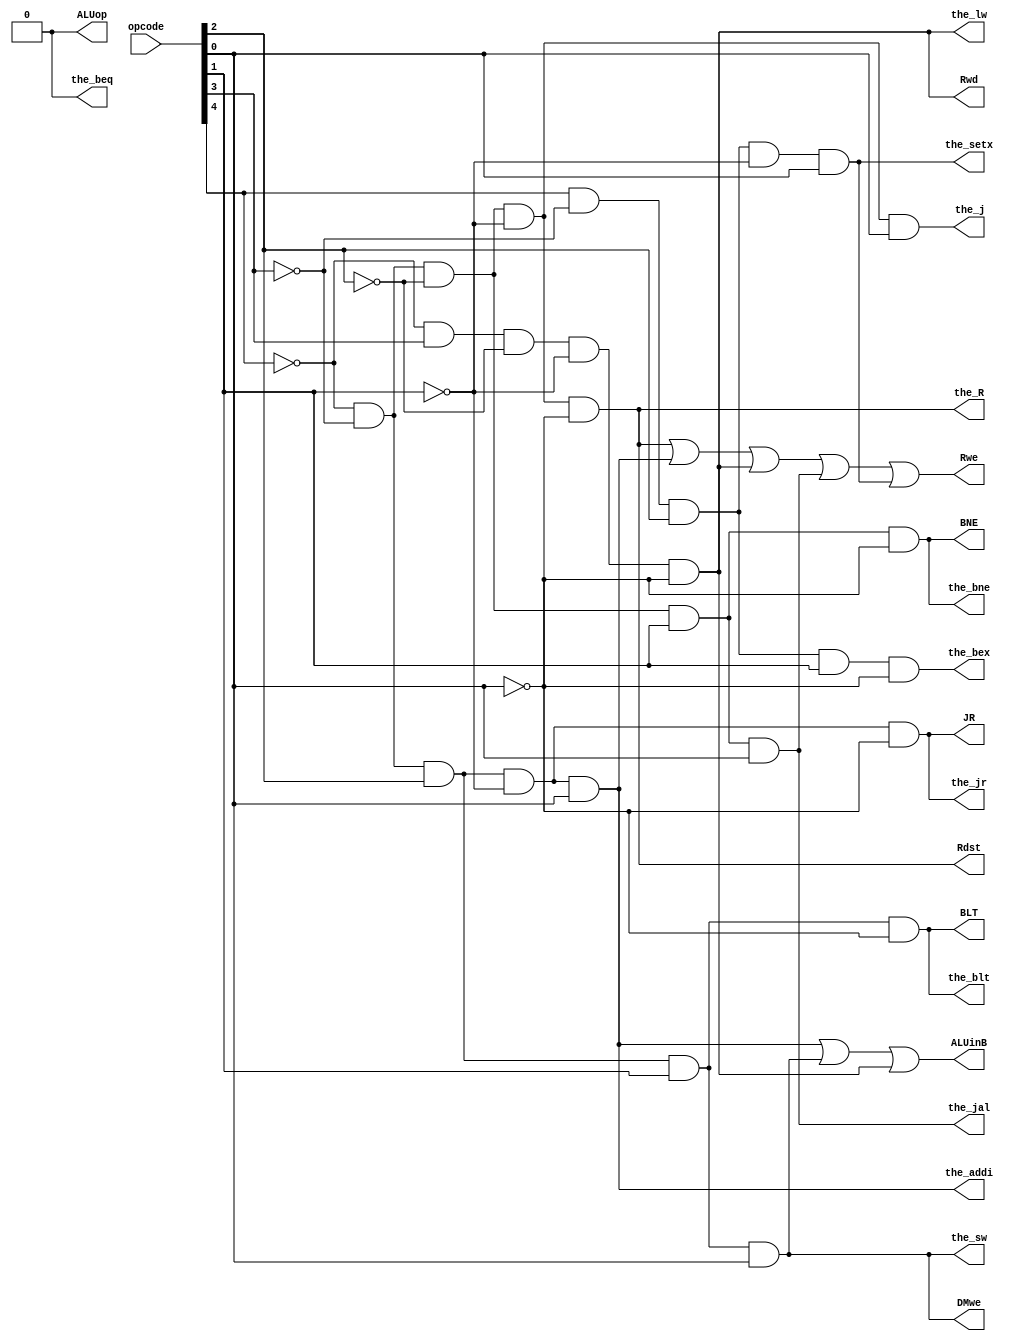
module control_circuit(
	 input [4:0] opcode,
	output the_R, the_addi,the_sw,the_lw,the_beq,the_j,the_bne,the_blt,the_jr,the_jal,the_bex,the_setx,
	output DMwe,Rwe,Rwd,Rdst,ALUop,ALUinB,BNE,BLT,JR//BR,
);


	
	and and1(the_R,~opcode[4],~opcode[3],~opcode[2],~opcode[1],~opcode[0]);
	and and2(the_addi,~opcode[4],~opcode[3],opcode[2],~opcode[1],opcode[0]);
	and and3(the_sw,~opcode[4],~opcode[3],opcode[2],opcode[1],opcode[0]);
	and and4(the_lw,~opcode[4],opcode[3],~opcode[2],~opcode[1],~opcode[0]);
	assign the_beq=0;
	and and11(the_bne,~opcode[4],~opcode[3],~opcode[2],opcode[1],~opcode[0]);
	and and12(the_blt,~opcode[4],~opcode[3],opcode[2],opcode[1],~opcode[0]);
	and and13(the_jr,~opcode[4],~opcode[3],opcode[2],~opcode[1],~opcode[0]);
	and and14(the_j,~opcode[4],~opcode[3],~opcode[2],~opcode[1],opcode[0]);
	and and15(the_jal,~opcode[4],~opcode[3],~opcode[2],opcode[1],opcode[0]);
	and and16(the_bex,opcode[4],~opcode[3],opcode[2],opcode[1],~opcode[0]);
	and and17(the_setx,opcode[4],~opcode[3],opcode[2],~opcode[1],opcode[0]);
	
	and and5 (DMwe,the_sw,the_sw);
	or or6 (Rwe,the_R,the_addi,the_lw,the_jal,the_setx);
	and and7 (Rwd,the_lw,the_lw);
	and and8 (Rdst,the_R,the_R);
	and and9 (ALUop,the_beq,the_beq);
	or or10 (ALUinB,the_addi,the_sw,the_lw);
	assign BNE=the_bne;
	assign BLT=the_blt;
	assign JR=the_jr;
	
endmodule